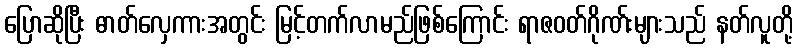
ပြောဆိုပြီး ဓာတ်လှေကားအတွင်း မြင့်တက်လာမည်ဖြစ်ကြောင်း ရာဇဝတ်ဂိုဏ်းများသည် နတ်လူတို့